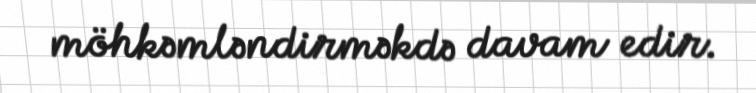
möhkəmləndirməkdə davam edir.